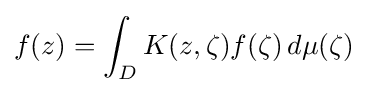
f(z)=\int _{D}K(z,\zeta )f(\zeta )\,d\mu (\zeta )